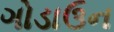
ગોડાઉન